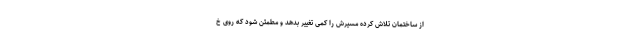
از ساختمان تلاش کرده مسیرش را کمی تغییر بدهد و مطمئن شود که روی خ